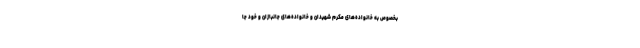
بخصوص به خانواده‌های مکرّم شهیدان و خانواده‌های جانبازان و خود جا